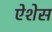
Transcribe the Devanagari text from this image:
ऐशेस